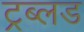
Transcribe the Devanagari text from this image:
ट्रब्लड